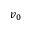
v _ { 0 }